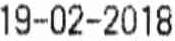
19-02-2018